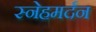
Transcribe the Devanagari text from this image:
स्नेहमर्दन